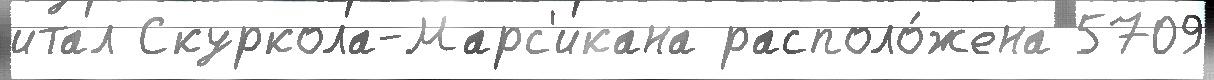
итал Скуркола-Марс'икана располо́жена 5709